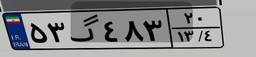
۵۳گ۴۸۳۲۰